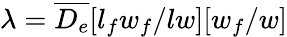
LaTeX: \lambda=\overline{{D_{e}}}[{l_{f}w_{f}}/{lw}][{w_{f}}/{w}]